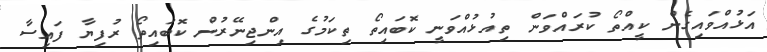
އަޅުއްވައިގެން ކީއްތޯ ކުރައްވަން ތިއުޅުއްވަނީ ކޮބައިތޯ ތިކަމުގެ އިންޖިނޭރުން ކޮބައިތޯ ރުފިޔާ ފައިސާ